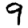
Digit: 9